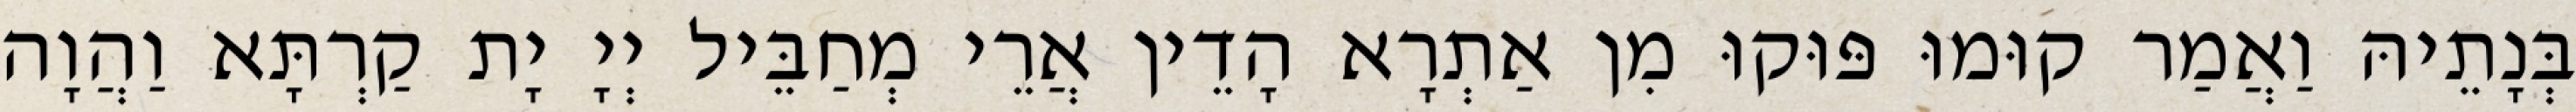
בְּנָתֵיהּ וַאֲמַר קוּמוּ פּוּקוּ מִן אַתְרָא הָדֵין אֲרֵי מְחַבֵּיל יְיָ יָת קַרְתָּא וַהֲוָה